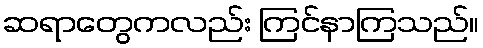
ဆရာတွေကလည်း ကြင်နာကြသည်။